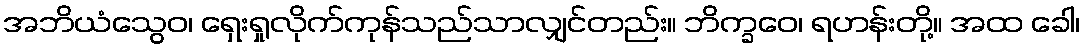
အဘိယံသွေဝ၊ ရှေးရှုလိုက်ကုန်သည်သာလျှင်တည်း။ ဘိက္ခဝေ၊ ရဟန်းတို့။ အထ ခေါ၊